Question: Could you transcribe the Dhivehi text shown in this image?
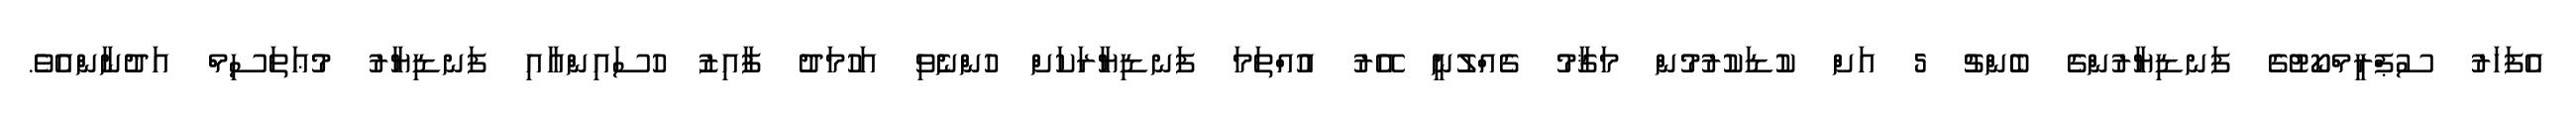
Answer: އެފަހަރު ސުޕްރީމްކޯޓުގެ ފަނޑިޔާރުންގެ ބެންޗު 5 އަށް ކުޑަކުރުމުން މަޤާމު ގެއްލުނީ އޭރު އުއްތަމަ ފަނޑިޔާރަކަށް ހުންނެވި އަހުމަދު ފާއިޒު ހުސައިންއާއި ފަނޑިޔާރު މުޢަތަސިމް އަދުނާންއެވެ.